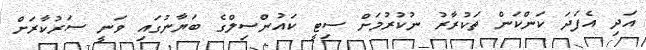
އަދި އެފަދަ ކަންކަން ތަކުރާރު ނުކުރުމަށް ސިޓީ ކައުންސިލްގެ ބަޔާނުގައި ވަނީ ސަރުކާރަށް